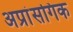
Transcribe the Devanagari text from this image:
अप्रांसगिक